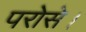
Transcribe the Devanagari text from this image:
परोसे।